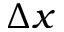
\Delta x